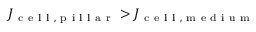
J _ { \mathrm { ~ c ~ e ~ l ~ l ~ , ~ p ~ i ~ l ~ l ~ a ~ r ~ } } > J _ { \mathrm { ~ c ~ e ~ l ~ l ~ , ~ m ~ e ~ d ~ i ~ u ~ m ~ } }